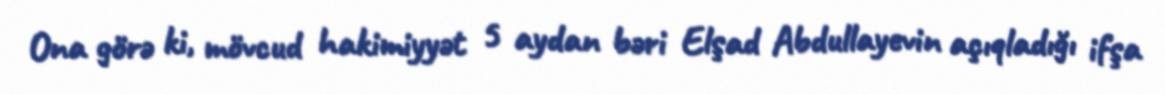
Ona görə ki, mövcud hakimiyyət 5 aydan bəri Elşad Abdullayevin açıqladığı ifşa